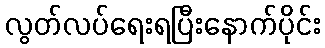
လွတ်လပ်ရေးရပြီးနောက်ပိုင်း